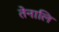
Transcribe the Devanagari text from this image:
तेनालि